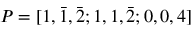
P = [ 1 , \bar { 1 } , \bar { 2 } ; 1 , 1 , \bar { 2 } ; 0 , 0 , 4 ]